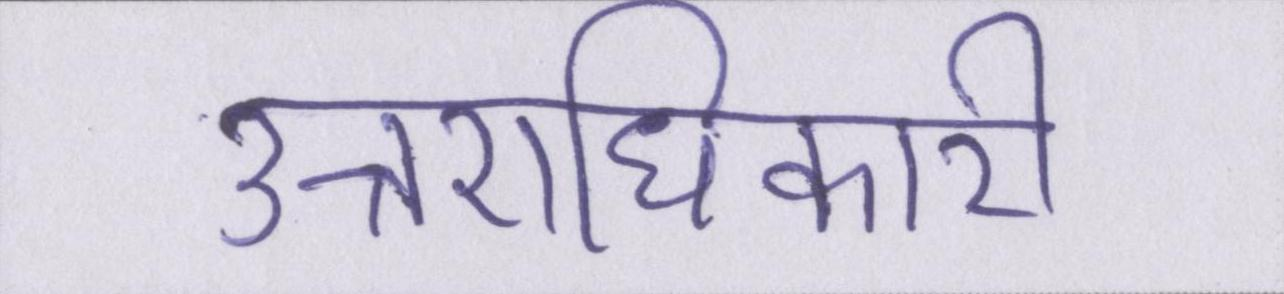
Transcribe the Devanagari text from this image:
उत्तराधिकारी